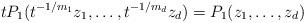
LaTeX: \begin{align*} t P_1(t^{-1/m_1}z_1, \dots, t^{-1/m_d}z_d) = P_1(z_1, \dots, z_d) \end{align*}